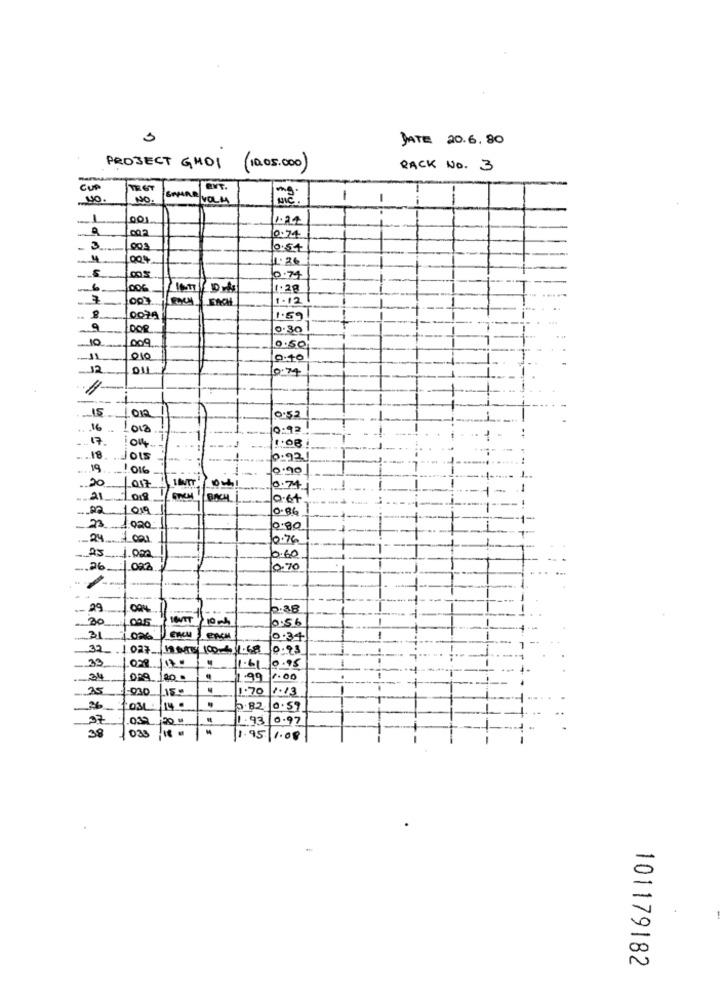
JATE 20.6.80
PROJECT GMOI
RACK No. 3
CUP
NO
NO.
00
1.24
002
0.74
-
3
0:54
004
1.26
--
0.79
-
6
006
1:28
7
00
DACH
1.12
0079
1.59
9
0.30
10
009
0.50
010
0.40
12
0.74
-
15
0.52
16
012
9.92
17
1044
11
-1
18
Jois
0.921
19
1016
0:20
20
017
0.74
9.64
109
0.86
23
10.80
24
0.76
25
1 ora
0.60
092
0.70
.- 29
29
2:38
20
.095
IOVTT
10 -
0.56
31
006
0.34
32
027.
0.93
33
1.610.95
34
1.99 2.00
35
-030
150
1.70
2.13
26
031
5.82 0.59
27
03
1.93 0.97
38
033
1.95 1.08
101179182